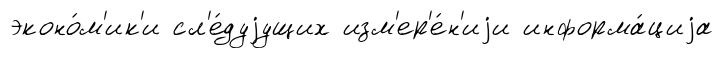
эконо́м'ик'и сл'е́дуjущих изм'ер'е́н'иjи информа́циjа